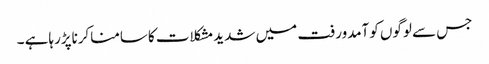
جس سے لوگوں کوآمدورفت میں شدیدمشکلات کاسامناکرناپڑرہاہے ۔